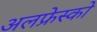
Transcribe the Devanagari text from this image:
अलफ्रेस्को